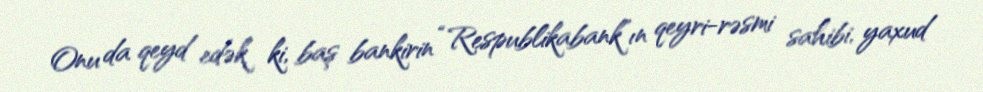
Onu da qeyd edək ki, baş bankirin “Respublikabank”ın qeyri-rəsmi sahibi, yaxud